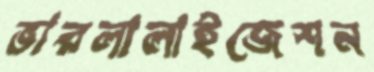
ভারলালাইজেশন